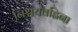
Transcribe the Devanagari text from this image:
निश्चयवह्निना